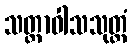
သတ္တာဝါသသုတ္တံ